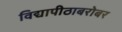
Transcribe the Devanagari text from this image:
विद्यापीठाबरोबर